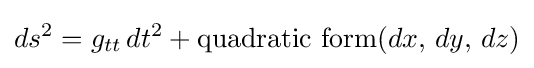
ds^{2}=g_{tt}\,dt^{2}+\mathrm {quadratic\ form} (dx,\,dy,\,dz)